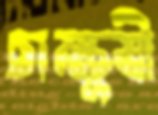
চাক্ষুষী